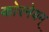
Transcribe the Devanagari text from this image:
कोरनेयम्